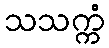
သသက္ကံ